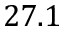
2 7 . 1